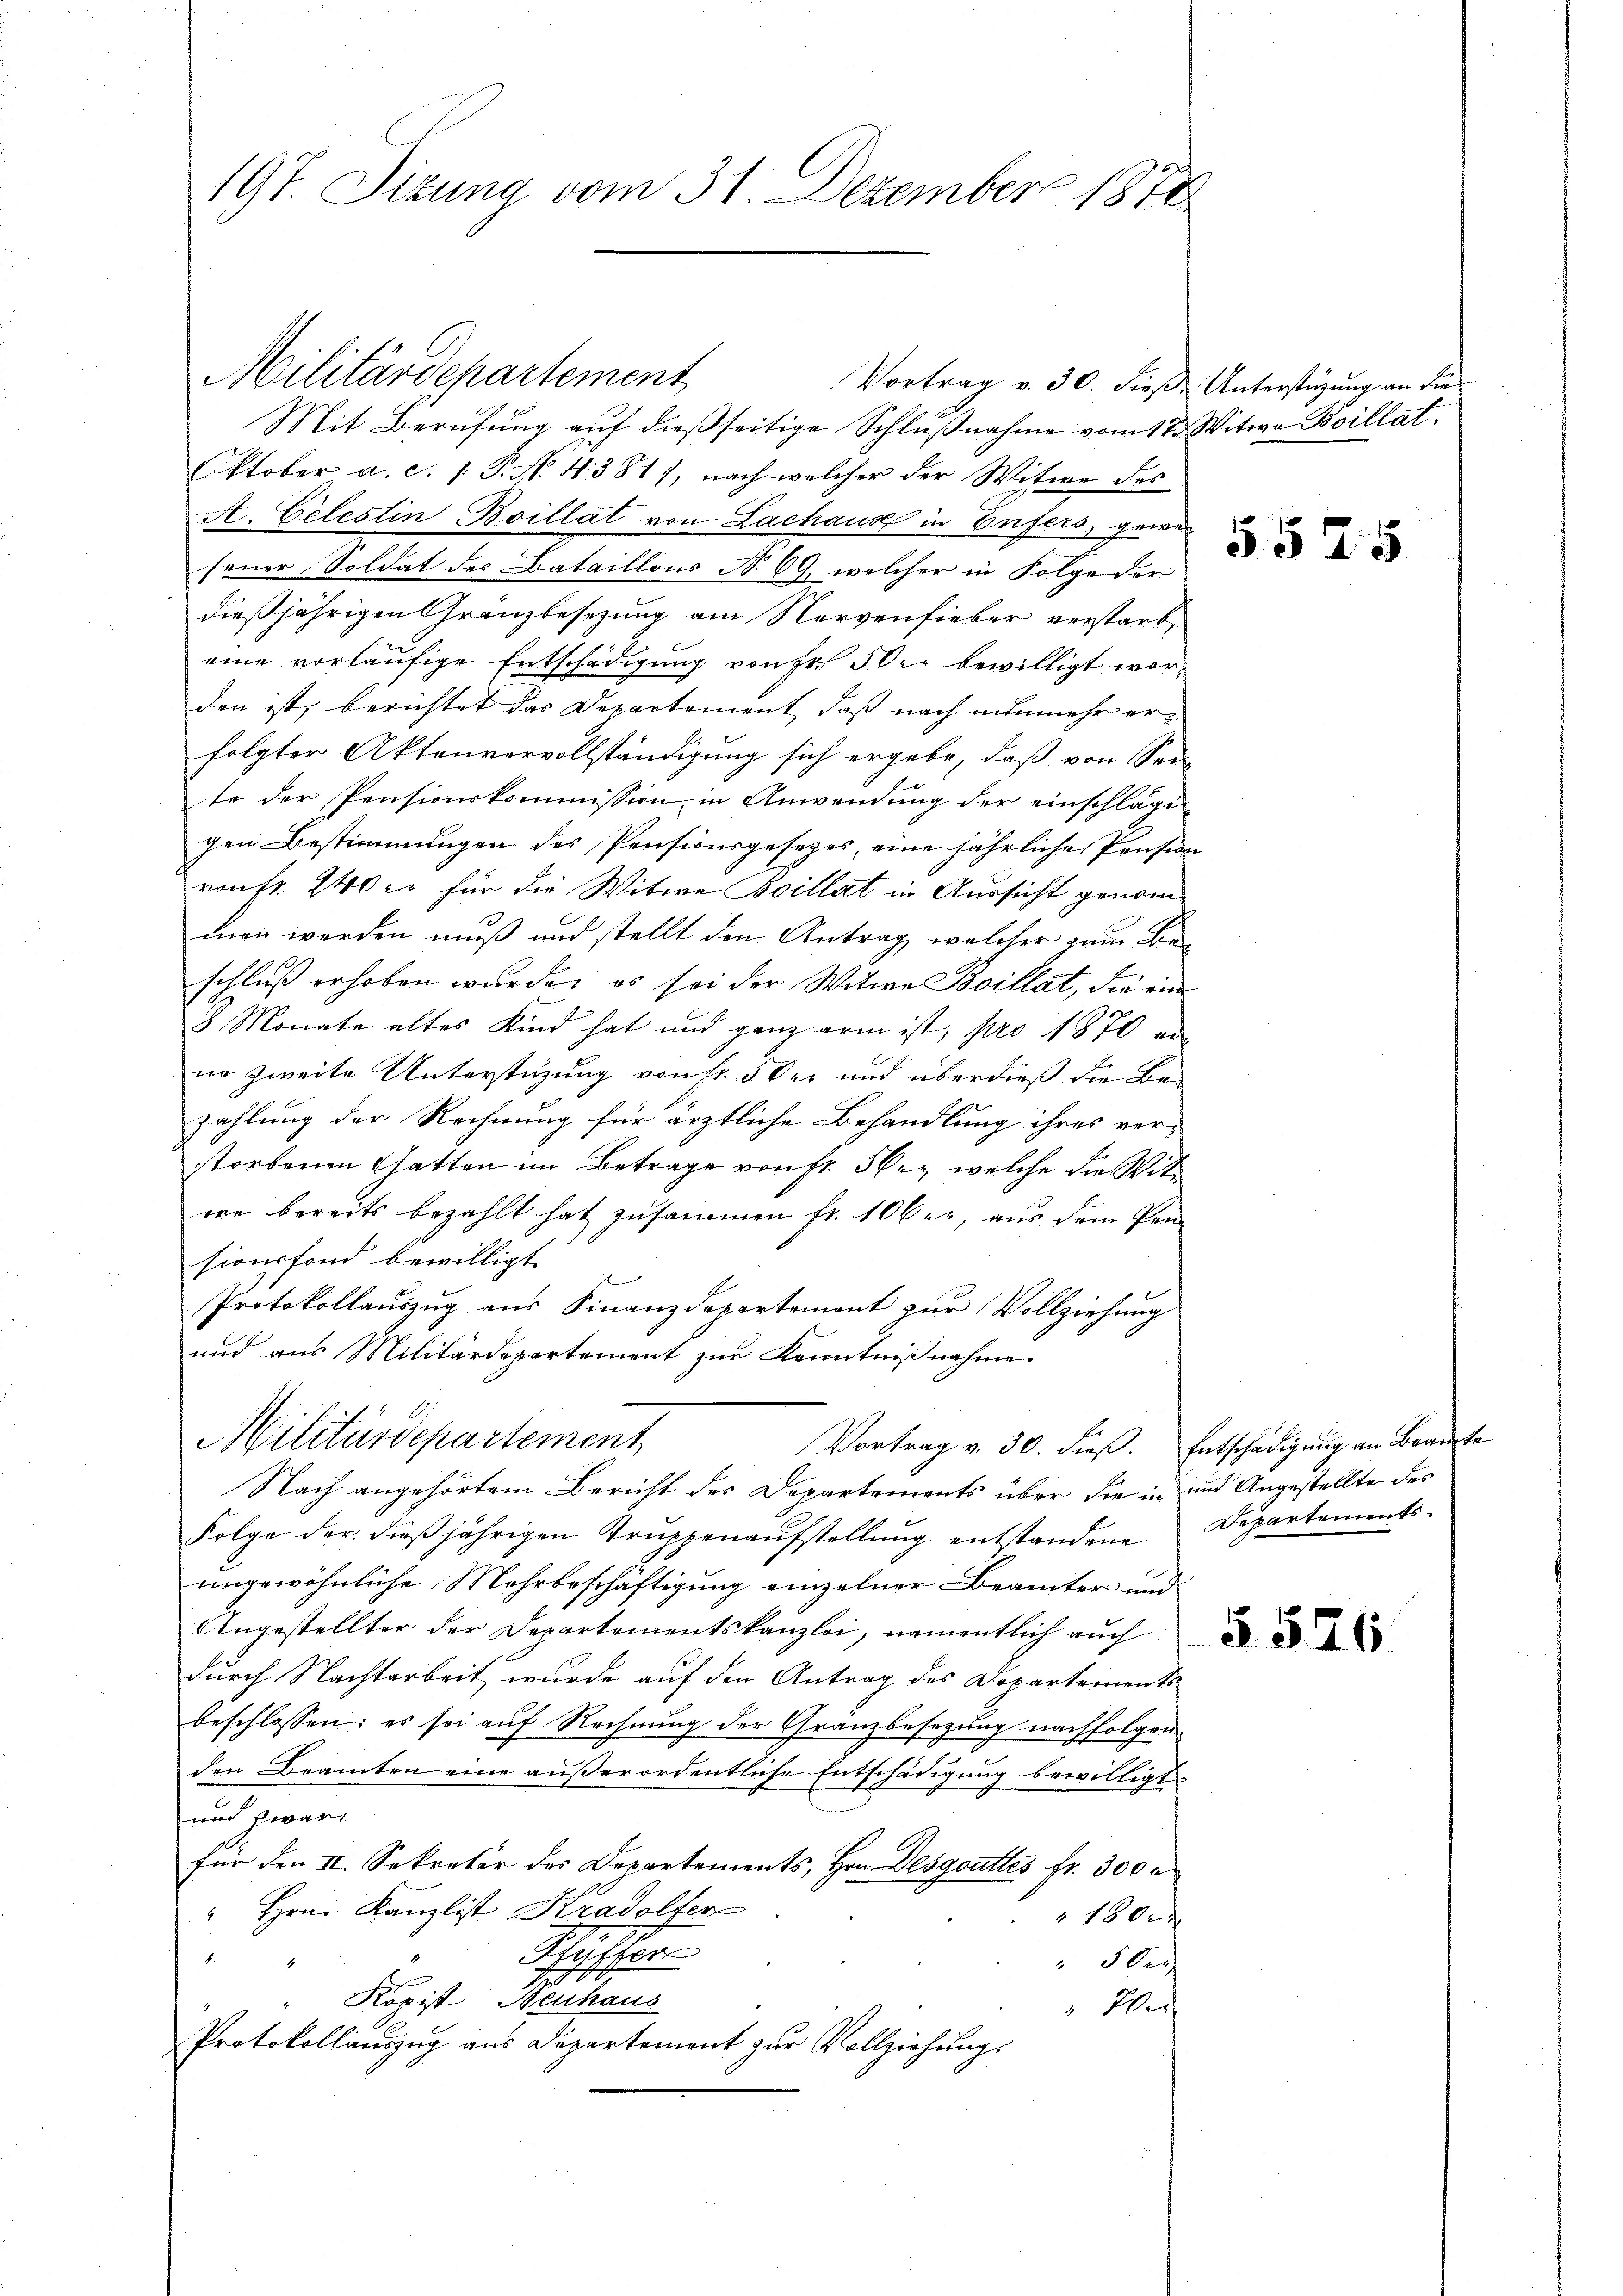
197. Sitzung vom 31. Dezember 1878

Mit Berufung auf dießseitige Schlußnahme vom 12. Witwe Boillat
Oktober a. c. (T. No. 4381), nach welcher der Witwe des
A. Celestin Boillat von Lachaus in Eifers, gewes
feuer Soldat des Bataillons N. 69, welcher in Folge der
dießjährigen Gränzbesezung am Nervenfieber verstarb,
eine vorläufige Entschädigung von Fr. 50 r bewilligt worden ist, berichtet das Departement, daß nach nunmehr erfolgter Aktenvervollständigung sich ergebe, daß von Sei-
te der Pensionskommission in Anwendung der einschläge
gen Bestimmungen des Pensionsgesetzes, eine jährliche Pension
ronfr. 240 er für die Witwe Boillat in Aussicht genomman werden muß und stellt den Antrag, welcher zum Be
schluß erhoben wurde, es sei der Witwe Boillat, die ein
8 Monate altes Kind hat und ganz arm ist, pro 1870 en
ne zweite Unterstüzung von fr. 5 der und überdieß die Bezahlung der Rechnung für ärztliche Behandlung ihres ver-
storbenen Gatten im Betrage von Fr. 5 er, welche die Witwe bereits bezahlt hat zusammen fr. 106. r aus dem Pen-
sionsfond bewilligt.
Protokollauszug aus Finanzdepartement zur Vollziehung
und aus Militärdepartement zur Kenntnißnahme.
Militärdepartement
Vortrag v. 30. dieß. Entschädigung an Braute
Nach angehörtem Bericht des Departements über die in und Angestellte des
Folge der dießjährigen Trŭppenaŭfstellŭng entstandene Departements-
ungewöhnliche Mehrbeschäftigung einzelner Beamter und
Angestellter der Departementskanzlei, namentlich auch
durch Nachtarbeit, wurde auf den Antrag des Departements
beschlossen: es sei auf Rechnung der Gränzbesezung nachfolgen
den Beamten eine außerordentliche Entschädigung bewilligt
und zwar
für den II. Sekretär des Departements, Hrn. Desgoutes fr. 300 r
" Hrn. Kanzlist Kradolter
180x
Pfutter
8.
502
Fr. 100
Ropist, Neuhaus
Wer
Protokollauszug aus Departement zur Vollziehungs

Militärdepartement

Vortrag v. 30. dieß. Unterstüzung an die

5525